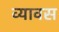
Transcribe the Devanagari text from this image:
व्यावस